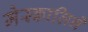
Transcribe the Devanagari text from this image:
मेस्कालिने